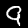
Label: 9